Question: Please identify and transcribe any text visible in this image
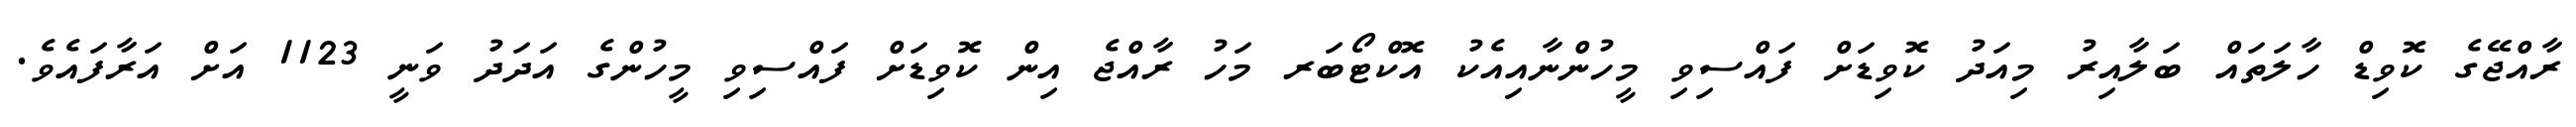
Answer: ރާއްޖޭގެ ކޮވިޑް ހާލަތައް ބަލާއިރު މިއަދު ކޮވިޑަށް ފައްސިވި މީހުންނާއިއެކު އޮކްޓޯބަރ މަހު ރާއްޖެ އިން ކޮވިޑަށް ފައްސިވި މީހުންގެ އަދަދު ވަނީ 1123 އަށް އަރާފައެވެ.